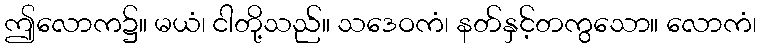
ဤလောက၌။ မယံ၊ ငါတို့သည်။ သဒေဝကံ၊ နတ်နှင့်တကွသော။ လောကံ၊